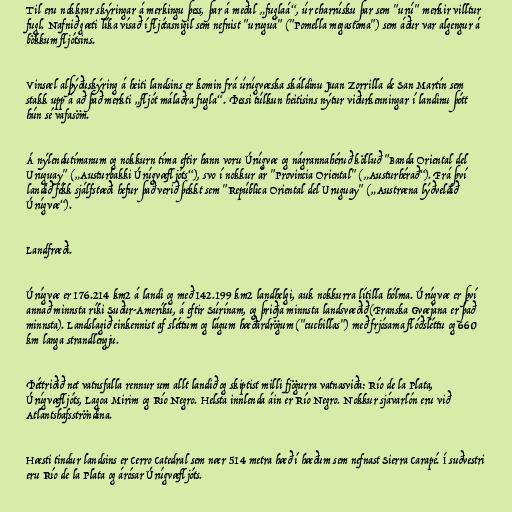
Til eru nokkrar skýringar á merkingu þess, þar á meðal „fuglaá“, úr charrúsku þar sem "urú" merkir villtur
fugl. Nafnið gæti líka vísað í fljótasnigil sem nefnist "uruguá" ("Pomella megastoma") sem áður var algengur á
bökkum fljótsins.

Vinsæl alþýðuskýring á heiti landsins er komin frá úrúgvæska skáldinu Juan Zorrilla de San Martín sem
stakk upp á að það merkti „fljót málaðra fugla“. Þessi túlkun heitisins nýtur viðurkenningar í landinu þótt
hún sé vafasöm.

Á nýlendutímanum og nokkurn tíma eftir hann voru Úrúgvæ og nágrannahéruð kölluð "Banda Oriental del
Uruguay" („Austurbakki Úrúgvæfljóts“), svo í nokkur ár "Provincia Oriental" („Austurhérað“). Frá því
landið fékk sjálfstæði hefur það verið þekkt sem "República Oriental del Uruguay" („Austræna lýðveldið
Úrúgvæ“).

Landfræði.

Úrúgvæ er 176.214 km2 á landi og með 142.199 km2 landhelgi, auk nokkurra lítilla hólma. Úrúgvæ er því
annað minnsta ríki Suður-Ameríku, á eftir Súrínam, og þriðja minnsta landsvæðið (Franska Gvæjana er það
minnsta). Landslagið einkennist af sléttum og lágum hæðardrögum ("cuchillas") með frjósama flóðsléttu og 660
km langa strandlengju.

Þéttriðið net vatnsfalla rennur um allt landið og skiptist milli fjögurra vatnasviða: Río de la Plata,
Úrúgvæfljóts, Lagoa Mirim og Río Negro. Helsta innlenda áin er Río Negro. Nokkur sjávarlón eru við
Atlantshafsströndina.

Hæsti tindur landsins er Cerro Catedral sem nær 514 metra hæð í hæðum sem nefnast Sierra Carapé. Í suðvestri
eru Río de la Plata og árósar Úrúgvæfljóts.